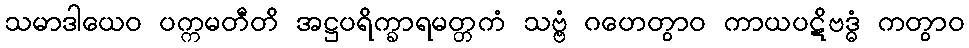
သမာဒါယေဝ ပက္ကမတီတိ အဋ္ဌပရိက္ခာရမတ္တကံ သဗ္ဗံ ဂဟေတွာဝ ကာယပဋိဗဒ္ဓံ ကတွာဝ